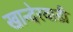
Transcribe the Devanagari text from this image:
खान्देरवाडी